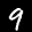
Label: 9